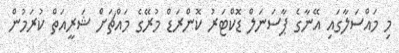
މި މައްސަލާގައި އޭނާގެ ޕާސަނަލް ޑޮކްޓަރު ކޮންރަޑް މުރޭގެ މައްޗަށް ޝަރީއަތް ކުރަމުން